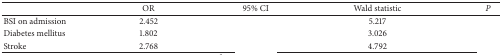
<table><thead><tr><td>[EMPTY_CELL]</td><td><b>OR</b></td><td><b>95% CI</b></td><td><b>Wald statistic</b></td><td><b><i>P </i></b></td></tr></thead><tbody><tr><td>BSI on admission</td><td>2.452</td><td>[EMPTY_CELL]</td><td>5.217</td><td>[EMPTY_CELL]</td></tr><tr><td>Diabetes mellitus</td><td>1.802</td><td>[EMPTY_CELL]</td><td>3.026</td><td>[EMPTY_CELL]</td></tr><tr><td>Stroke </td><td>2.768</td><td>[EMPTY_CELL]</td><td>4.792</td><td>[EMPTY_CELL]</td></tr></tbody></table>